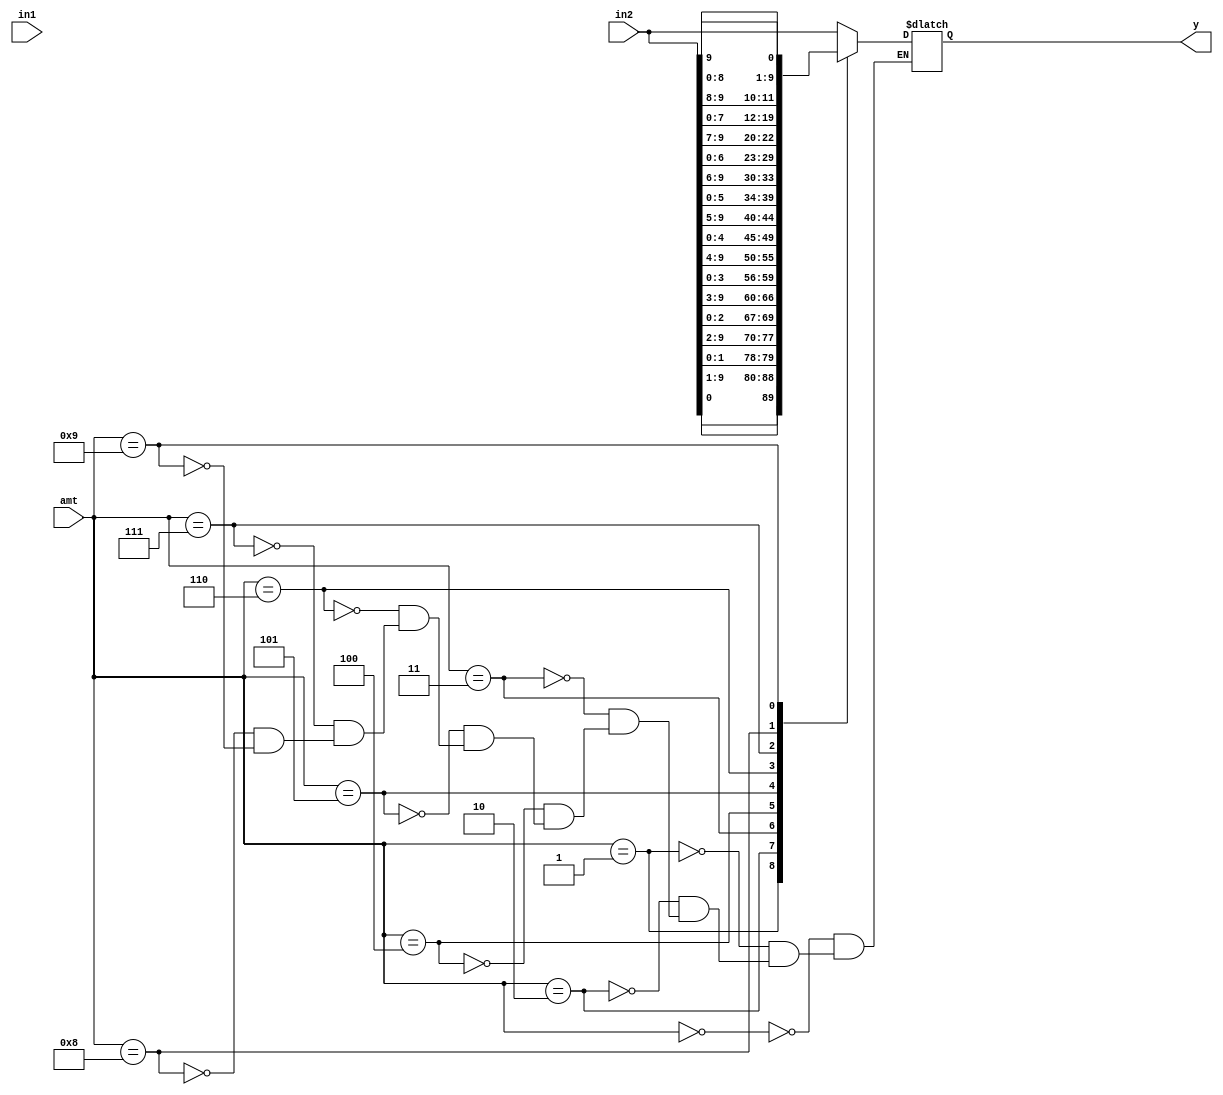
module right_funnel_shifter(input [9:0]in1,input [9:0] in2
     ,
     input wire [3:0] amt,
     output reg [9:0] y
    );
wire [19:0] a;
assign a = {in1,in2};
 always @*
      case(amt)
         4'b000: y = a[9:0];
         4'b001: y = {a[0], a[9:1]};
         4'b010: y = {a[1:0], a[9:2]};
         4'b011: y = {a[2:0], a[9:3]};
         4'b100: y = {a[3:0], a[9:4]};
         4'b101: y = {a[4:0], a[9:5]};
         4'b110: y = {a[5:0], a[9:6]};
			   4'b111: y = {a[6:0], a[9:7]};
         4'b1000: y = {a[7:0], a[9:8]};
         4'b1001: y = {a[8:0], a[9]};
      endcase
endmodule